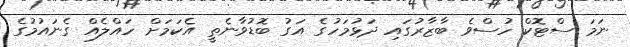
ނަމަ ސްޓޮކް ހުސްވެ ބާޒާރުގައި ދަޅުމަހުގެ އަގު ބޮޑުވާނެތީ އެކަމަށް ހައްލެއް ގެނައުމުގެ